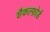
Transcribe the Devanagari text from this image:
शैकल्फ़ोर्ड